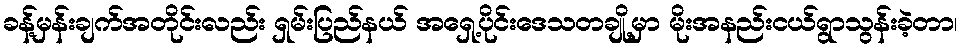
ခန့်မှန်းချက်အတိုင်းလည်း ရှမ်းပြည်နယ် အရှေ့ပိုင်းဒေသတချို့မှာ မိုးအနည်းငယ်ရွာသွန်းခဲ့တာ၊